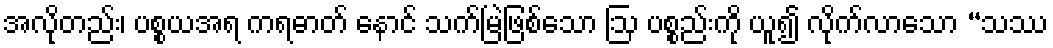
အလိုတည်း၊ ပစ္စယအရ ကရဓာတ် နောင် သက်မြဲဖြစ်သော ဩ ပစ္စည်းကို ယူ၍ လိုက်လာသော “သဿ